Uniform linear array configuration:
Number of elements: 8
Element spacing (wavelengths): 0.5
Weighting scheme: binomial
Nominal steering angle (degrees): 15
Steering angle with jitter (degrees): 14.619
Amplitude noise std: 0.05
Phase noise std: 0.05

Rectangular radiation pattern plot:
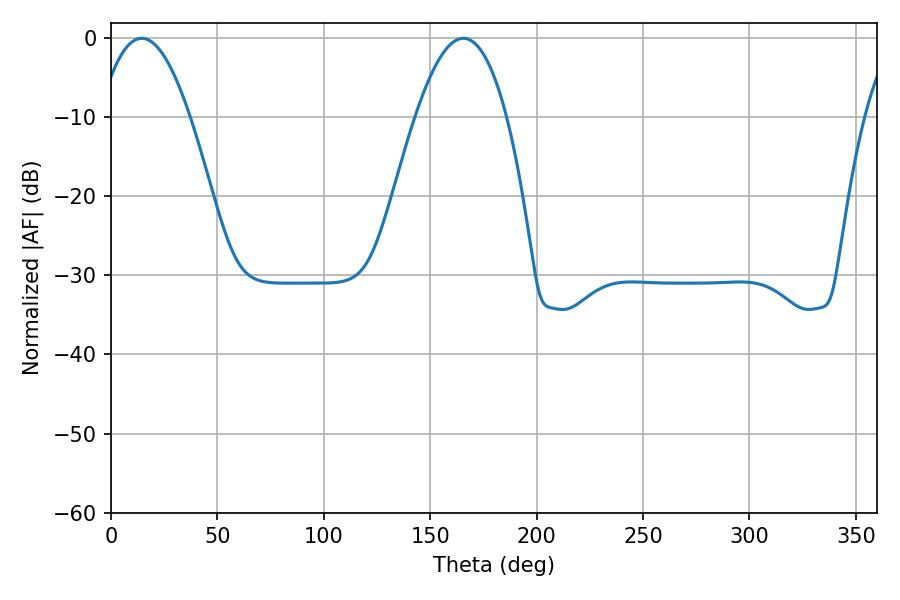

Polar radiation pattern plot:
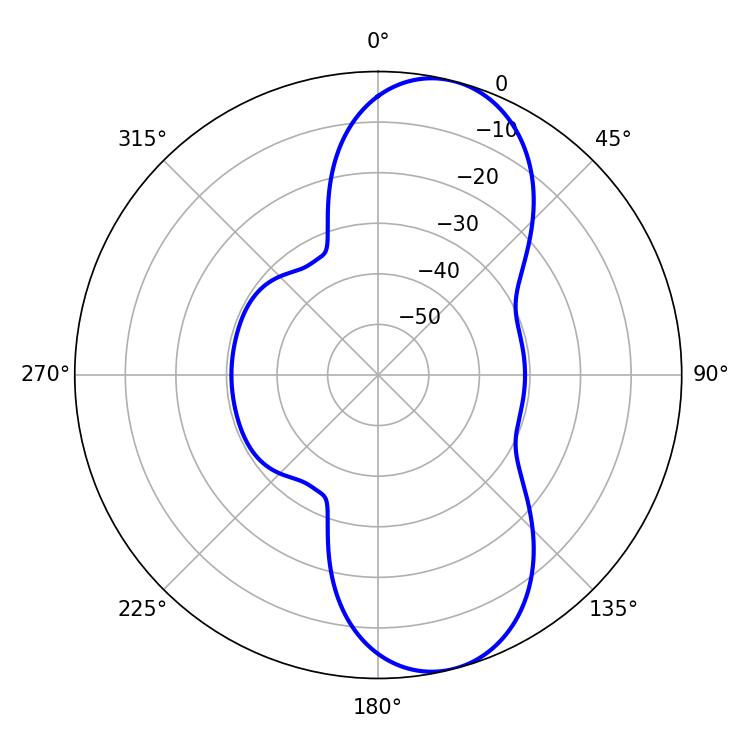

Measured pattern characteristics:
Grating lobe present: FALSE
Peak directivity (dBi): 9.431
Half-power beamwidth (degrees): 23.4
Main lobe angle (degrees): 14.4